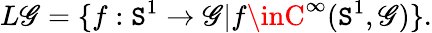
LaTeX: L\mathscr{G}=\{ f:\mathtt{S}^{1}\rightarrow\mathscr{G}|f\inC^{\infty}(\mathtt{S}^{1},\mathscr{G})\} .